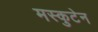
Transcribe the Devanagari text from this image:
मस्कुटेन